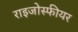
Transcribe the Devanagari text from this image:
राइजोस्फीयर